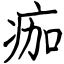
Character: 痂